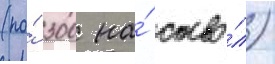
(по́ 300 на́ ство́л)